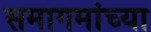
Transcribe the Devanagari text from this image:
समागमांच्या